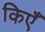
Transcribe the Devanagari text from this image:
किएँ